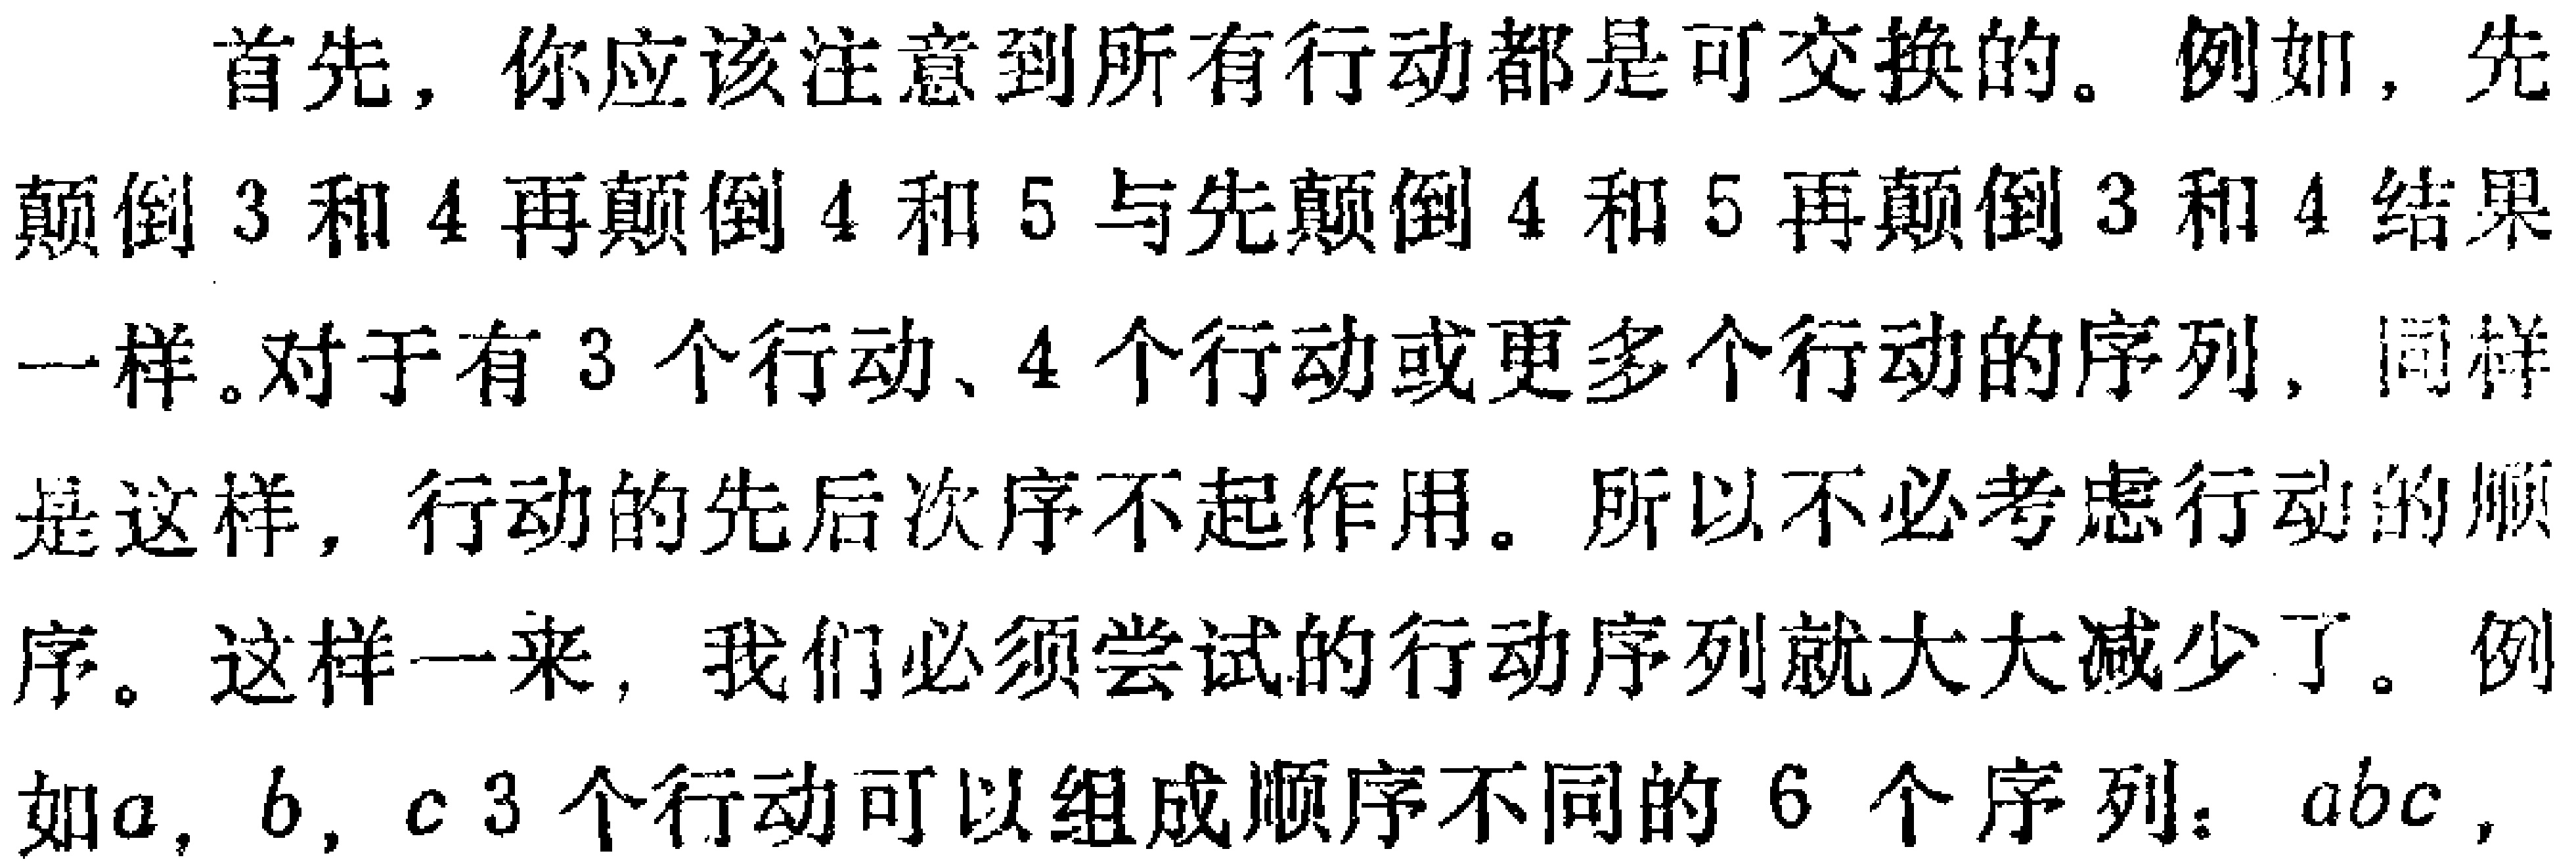
首先，你应该注意到所有行动都是可交换的。例如，先

颠倒 3 和 4 再颠倒 4 和 5 与先颠倒 4 和 5 再颠倒 3 和 4 结果

一样。对于有 3 个行动、4 个行动或更多个行动的序列，同样

是这样，行动的先后次序不起作用。所以不必考虑行动的顺

序。这样一来，我们必须尝试的行动序列就大大减少了。例

如\(a\)，\(b\)，\(c\)3 个行动可以组成顺序不同的 6 个序列：\(abc\)，